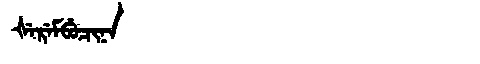
Manchu: ᡧᡝᡵᡝᠮᠪᡠᠴᡳᠨᠠ
Romanization: ŠEREMBUCINA